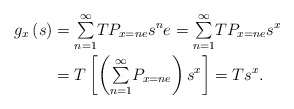
\begin{align*}g_{x}\left( s\right) & ={\textstyle\sum\limits_{n=1}^{\infty}}TP_{x=ne}s^{n}e={\textstyle\sum\limits_{n=1}^{\infty}}TP_{x=ne}s^{x}\\& =T\left[ \left({\textstyle\sum\limits_{n=1}^{\infty}}P_{x=ne}\right) s^{x}\right] =Ts^{x}.\end{align*}